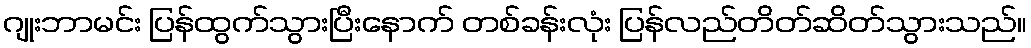
ဂျုးဘာမင်း ပြန်ထွက်သွားပြီးနောက် တစ်ခန်းလုံး ပြန်လည်တိတ်ဆိတ်သွားသည်။